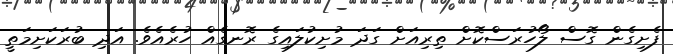
ފެށިގެން ގޮސް ލޯހުރަސްކޮށް ތިރިއަށް ގަދަ މުށިކުލައިގެ ރޮނގެއް ހުރެއެވެ. އަދި ބުރަކަށިމަތީ